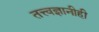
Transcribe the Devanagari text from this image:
तत्त्वज्ञानीही